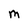
Character: m